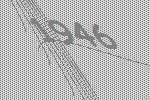
1946